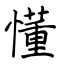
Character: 懂